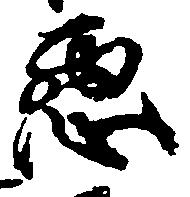
悪